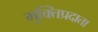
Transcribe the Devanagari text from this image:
मुक्तिप्रदाता